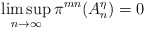
\begin{align*}\limsup_{n\to \infty}\pi^{mn}(A_n^{\eta})=0\end{align*}